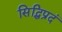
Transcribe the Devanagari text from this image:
सिद्धिप्रदं